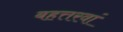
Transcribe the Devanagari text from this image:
बहत्तरवां